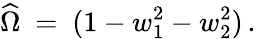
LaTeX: \widehat\Omega~=~(1-w_{1}^{2}-w_{2}^{2})\, .